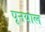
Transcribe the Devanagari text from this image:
पूनयाल